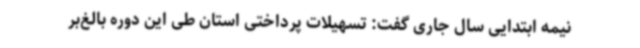
نیمه ابتدایی سال جاری گفت: تسهیلات پرداختی استان طی این دوره بالغ‌بر